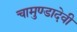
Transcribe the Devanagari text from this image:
चामुण्डादेवी